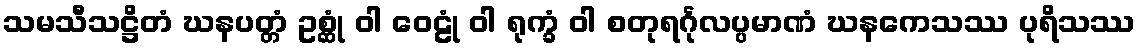
သမသီသဋ္ဌိတံ ဃနပတ္တံ ဥစ္ဆုံ ဝါ ဝေဠုံ ဝါ ရုက္ခံ ဝါ စတုရင်္ဂုလပ္ပမာဏံ ဃနကေသဿ ပုရိသဿ